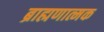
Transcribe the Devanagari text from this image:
ब्राह्मणात्मक